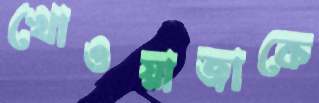
খোওয়াজাকে